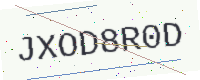
Text: JXOD8R0D